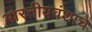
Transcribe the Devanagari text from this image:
भारतीयवंशाचे